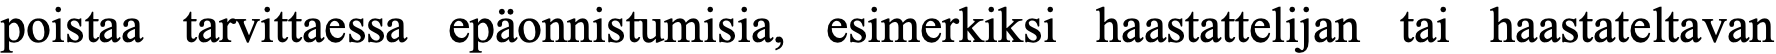
poistaa tarvittaessa epäonnistumisia, esimerkiksi haastattelijan tai haastateltavan